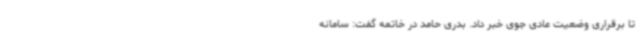
تا برقراری وضعیت عادی جوی خبر داد. بدری حامد در خاتمه گفت: سامانه